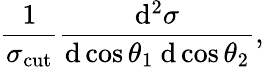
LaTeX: \frac{1}{\sigma_{\mathrm{cut}}}\frac{\mathrm{d}^{2}\sigma}{\mathrm{d}\cos\theta_{1}\ \mathrm{d}\cos\theta_{2}},